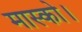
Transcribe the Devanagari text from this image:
मास्को।